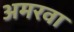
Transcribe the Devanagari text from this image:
अमरवा